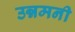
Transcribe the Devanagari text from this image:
उन्नमनी